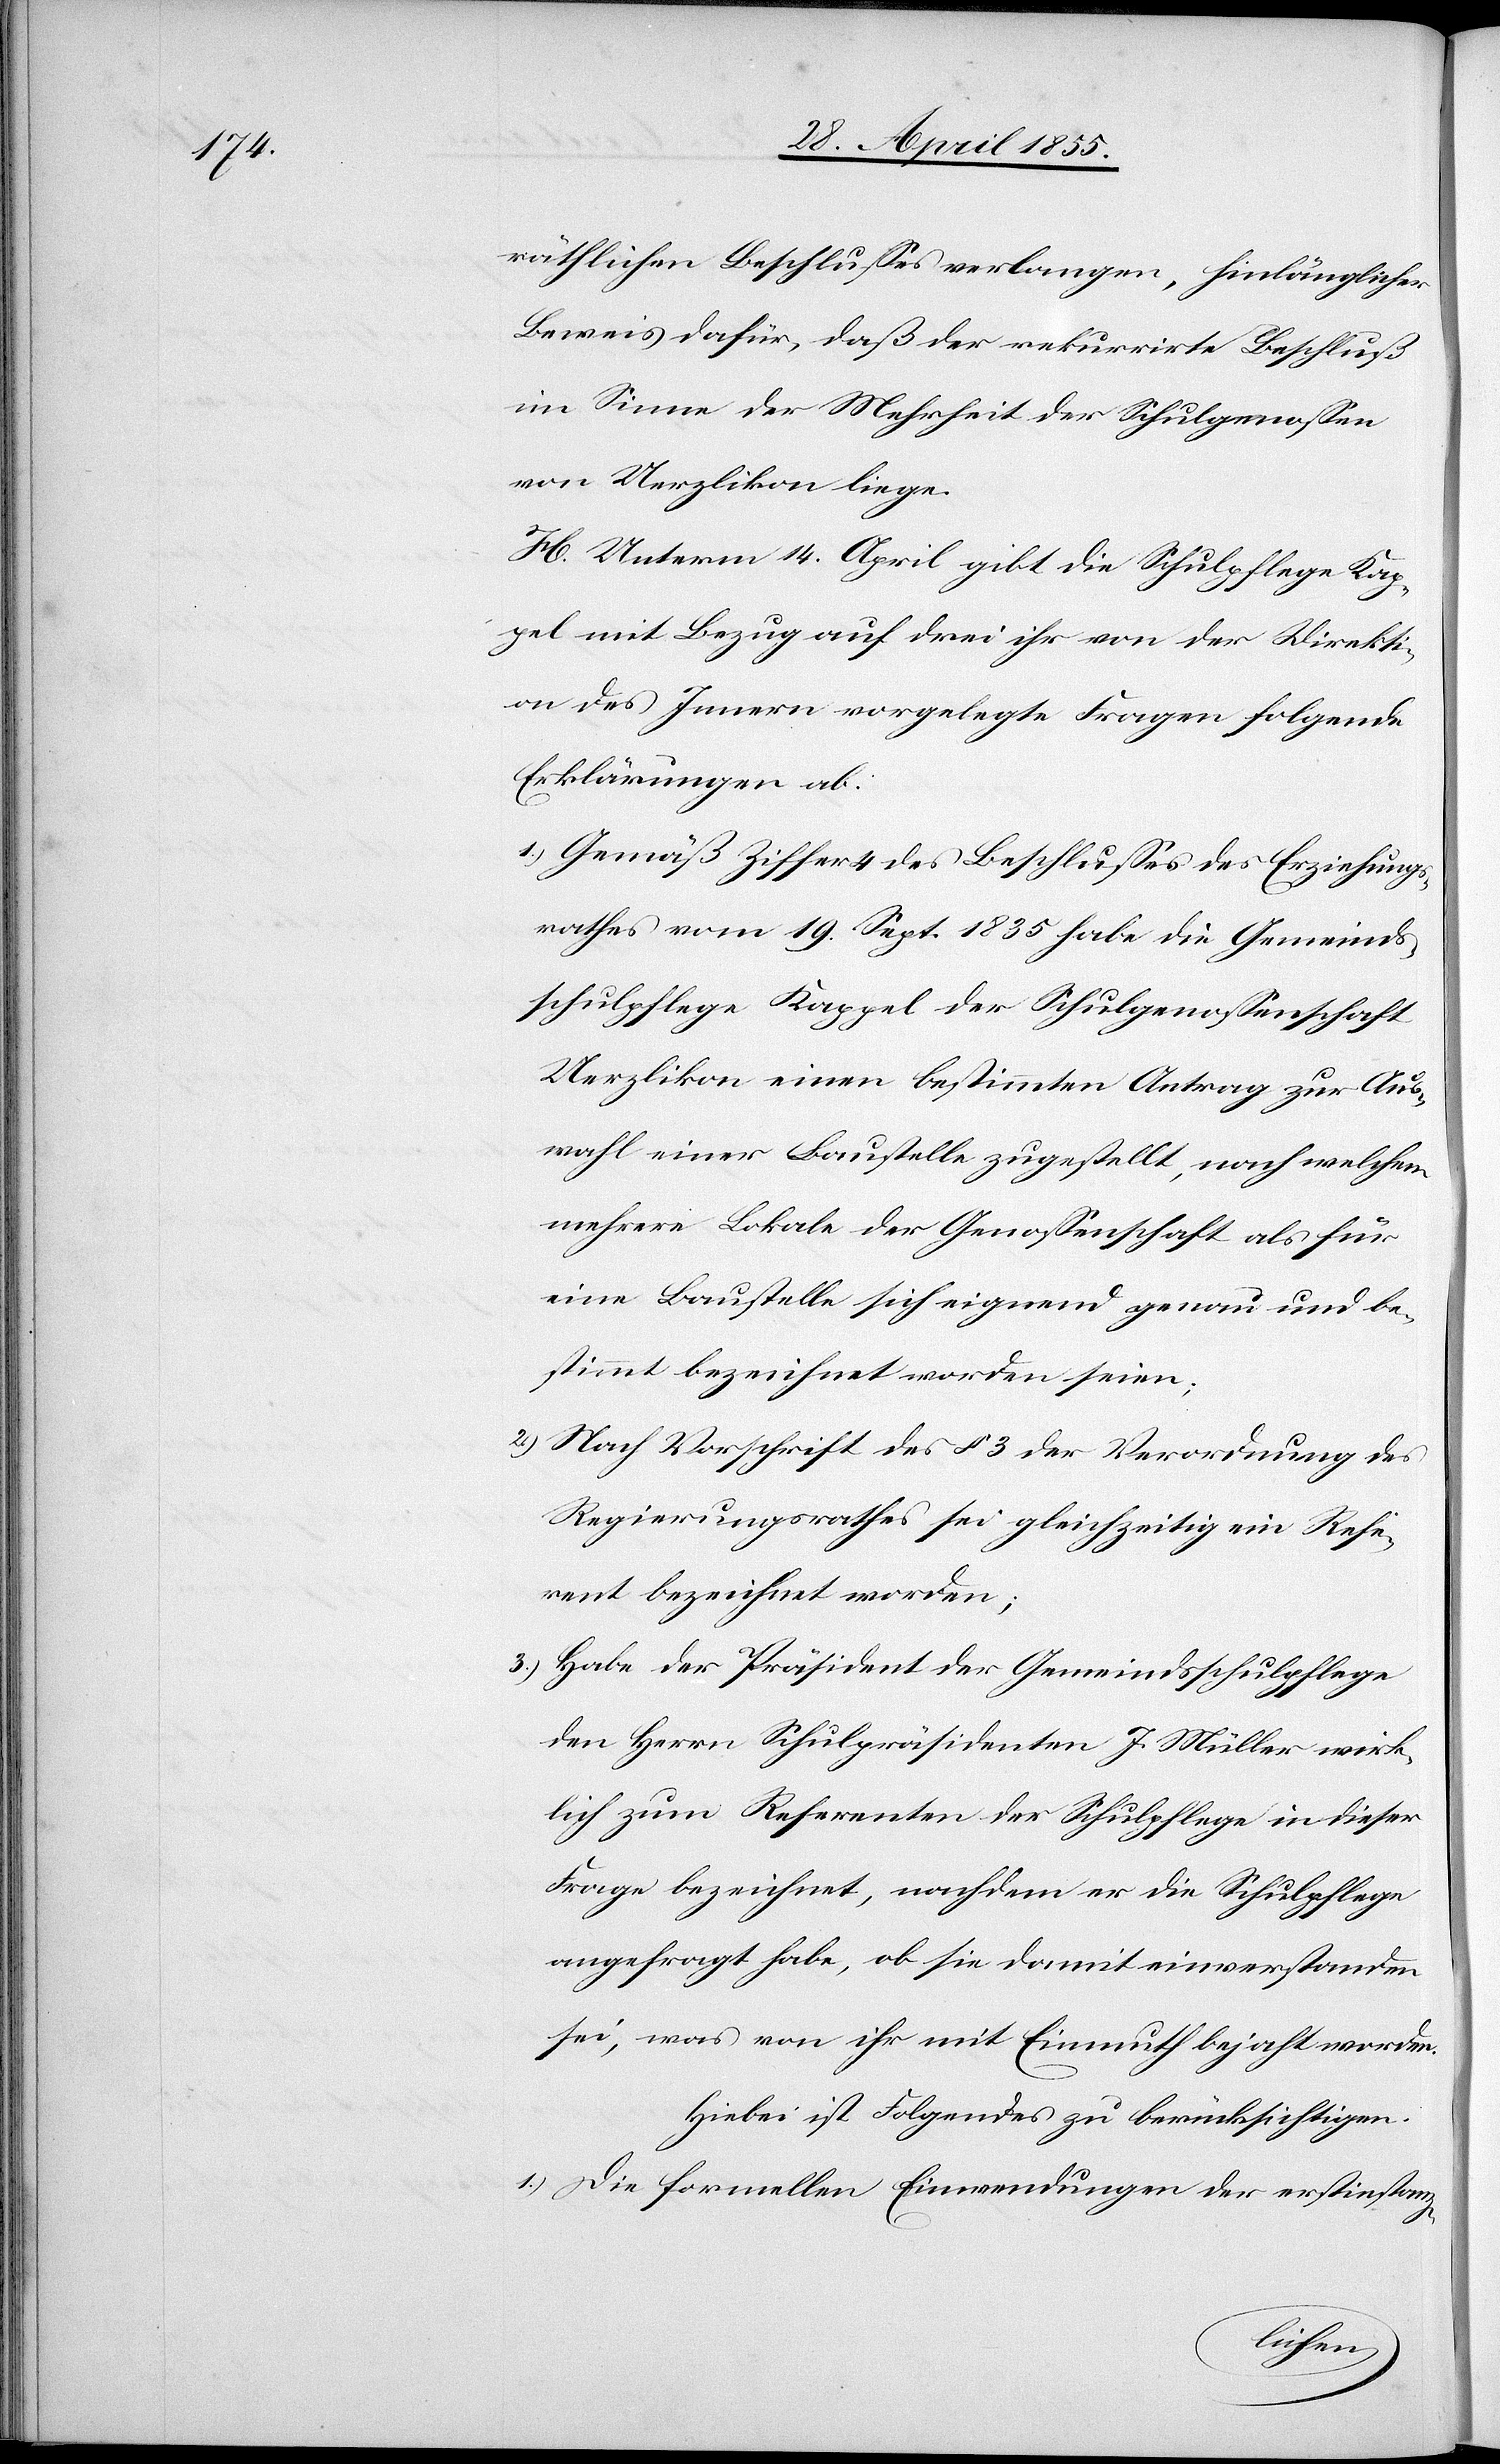
räthlichen Beschlusses verlangen, hinlänglicher
Beweis dafür, daß der rekurrirte Beschluß
im Sinne der Mehrheit der Schulgenossen
von Uerzlikon liege.
H. Unterm 14. April gibt die Schulpflege Kap¬
pel mit Bezug auf drei ihr von der Direkti¬
on des Innern vorgelegte Fragen folgende
Erklärungen ab:
Gemäß Ziffer 4 des Beschlusses des Erziehungs¬
rathes vom 19. Sept. 1835 habe die Gemeinds¬
schulpflege Kappel der Schulgenossenschaft
Uerzlikon einen bestimmten Antrag zur Aus¬
wahl einer Baustelle zugestellt, nach welchem
mehrere Lokale der Genossenschaft als für
eine Baustelle sich eignend genau und be¬
stimmt bezeichnet worden seien;
Nach Vorschrift des § 3 der Verordnung des
Regierungsrathes sei gleichzeitig ein Refe¬
rent bezeichnet worden;
Habe der Präsident der Gemeindsschulpflege
den Herrn Schulpräsidenten J. Müller wirk¬
lich zum Referenten der Schulpflege in dieser
Frage bezeichnet, nachdem er die Schulpflege
angefragt habe, ob sie damit einverstanden
sei, was von ihr mit Einmuth bejaht worden.
Hiebei ist Folgendes zu berücksichtigen:
Die formellen Einwendungen der erstinstanz-